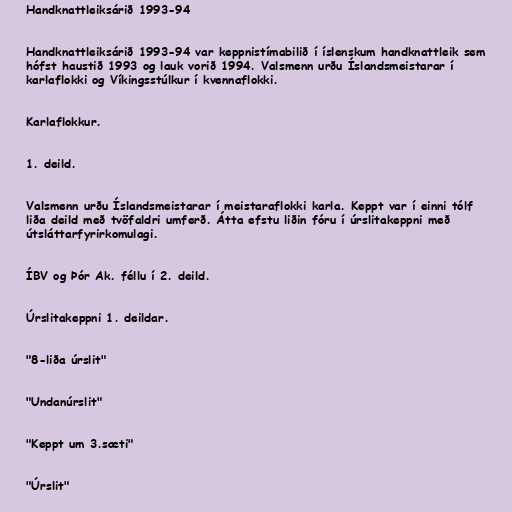
Handknattleiksárið 1993-94

Handknattleiksárið 1993-94 var keppnistímabilið í íslenskum handknattleik sem
hófst haustið 1993 og lauk vorið 1994. Valsmenn urðu Íslandsmeistarar í
karlaflokki og Víkingsstúlkur í kvennaflokki.

Karlaflokkur.

1. deild.

Valsmenn urðu Íslandsmeistarar í meistaraflokki karla. Keppt var í einni tólf
liða deild með tvöfaldri umferð. Átta efstu liðin fóru í úrslitakeppni með
útsláttarfyrirkomulagi.

ÍBV og Þór Ak. féllu í 2. deild.

Úrslitakeppni 1. deildar.

"8-liða úrslit"

"Undanúrslit"

"Keppt um 3.sæti"

"Úrslit"